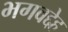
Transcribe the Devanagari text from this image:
भगवद्देह